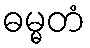
ဓမ္မတံ